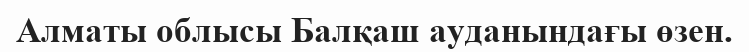
Алматы облысы Балқаш ауданындағы өзен.